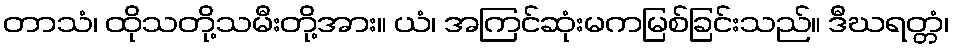
တာသံ၊ ထိုသတို့သမီးတို့အား။ ယံ၊ အကြင်ဆုံးမကမြစ်ခြင်းသည်။ ဒီဃရတ္တံ၊